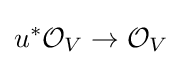
u^{*}{\mathcal {O}}_{V}\to {\mathcal {O}}_{V}